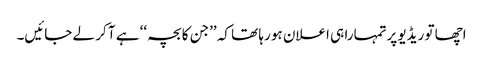
اچھا تو ریڈیو پرتمہارا ہی اعلان ہو رہا تھا کہ ’’جن کا بچہ‘‘ ہے آ کر لے جائیں۔